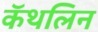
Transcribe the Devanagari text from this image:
कॅथलिन